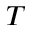
T